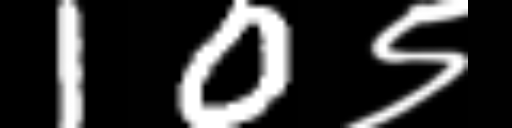
Text: 10९